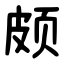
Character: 颇